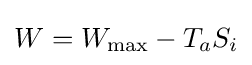
W=W_{\text{max}}-T_{a}S_{i}